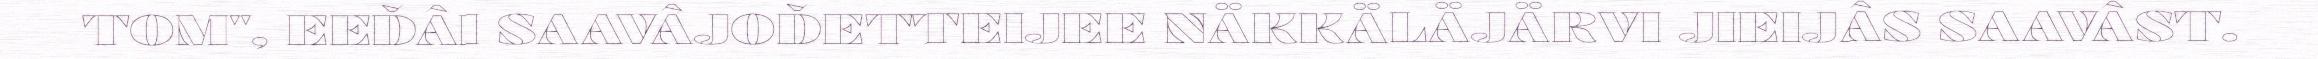
TOM", EEĐÂI SAAVÂJOĐETTEIJEE NÄKKÄLÄJÄRVI JIEIJÂS SAAVÂST.